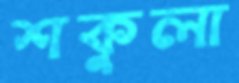
শকুলা